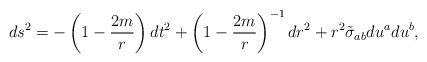
LaTeX: \begin{align*}ds^2 =- \left( 1-\frac{2m}{r}\right) dt^2 + \left( 1 - \frac{2m}{r} \right)^{-1}dr^2 + r^2 \tilde{\sigma}_{ab} du^a du^b,\end{align*}